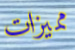
مميزات